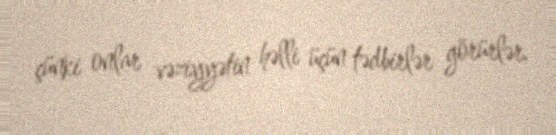
çünki onlar vəziyyətin həlli üçün tədbirlər görürlər.